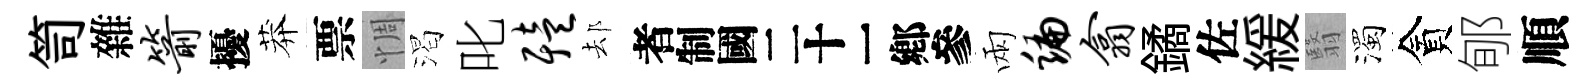
笥雜箭擾莽票惆渴叱殪𨚫识兩编翕鐍佐緩翳濁貪郇順